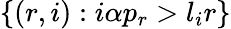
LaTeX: \{ (r,i):i\alpha p_{r}>l_{i}r\}